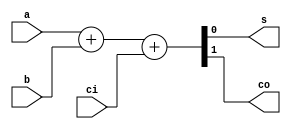
module fa(	s,
		co,
		a,
		b,
		ci	);

	output	s	;	// sum
	output	co	;	// carry out

	input	a	;	// input a
	input	b	;	// input b
	input	ci	;	// carry in

	assign	{co, s} = (a + b + ci) ;

endmodule

module fa4_inst(	s,
			co,
			a,
			b,
			ci	);

	output [3 : 0]	s	;	// sum
	output		co	;	// carry out

	input [3 : 0]	a	;	// input a
	input [3 : 0]	b	;	// input b
	input		ci	;	// carry in

	wire [2 : 0]	carry	;	// ripple carry

	fa	fa_u0(	.s	( s[0]		),
			.co	( carry[0]	),
			.a	( a[0]		),
			.b	( b[0]		),
			.ci	( ci		));

	fa	fa_u1(	.s	( s[1]		),
			.co	( carry[1]	),
			.a	( a[1]		),
			.b	( b[1]		),
			.ci	( carry[0]	));

	fa	fa_u2(	.s	( s[2]		),
			.co	( carry[2]	),
			.a	( a[2]		),
			.b	( b[2]		),
			.ci	( carry[1]	));

	fa	fa_u3(	.s	( s[3]		),
			.co	( co		),
			.a	( a[3]		),
			.b	( b[3]		),
			.ci	( carry[2]	));

endmodule

module fa4_mbit(	s,
			co,
			a,
			b,
			ci	);

	output	[3 : 0] s	;	// sum
	output		co	;	// carry out

	input	[3 : 0]	a	;	// input a
	input	[3 : 0]	b	;	// input b
	input		ci	;	// carry in

	assign	{co, s} = (a + b + ci) ;

endmodule